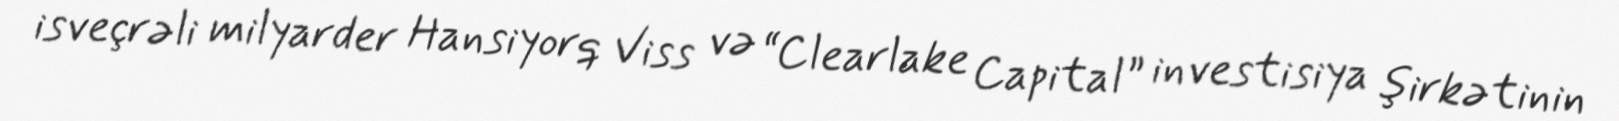
isveçrəli milyarder Hansiyorq Viss və “Clearlake Capital” investisiya şirkətinin